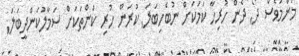
މަންމަވެސް ދޯ